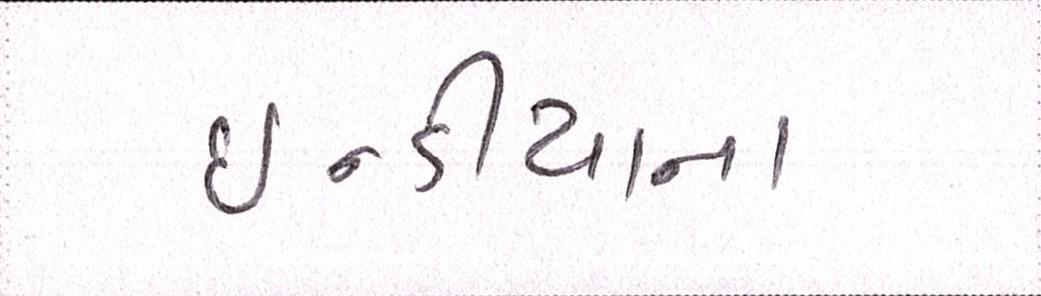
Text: ઇન્ડીયાના